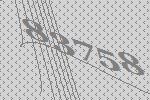
83758